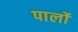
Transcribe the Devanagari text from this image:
पार्लो